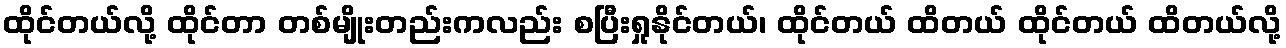
ထိုင်တယ်လို့ ထိုင်တာ တစ်မျိုးတည်းကလည်း စပြီးရှုနိုင်တယ်၊ ထိုင်တယ် ထိတယ် ထိုင်တယ် ထိတယ်လို့